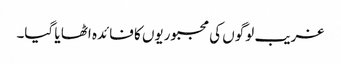
غریب لوگوں کی مجبوریوں کا فائدہ اٹھا یا گیا۔